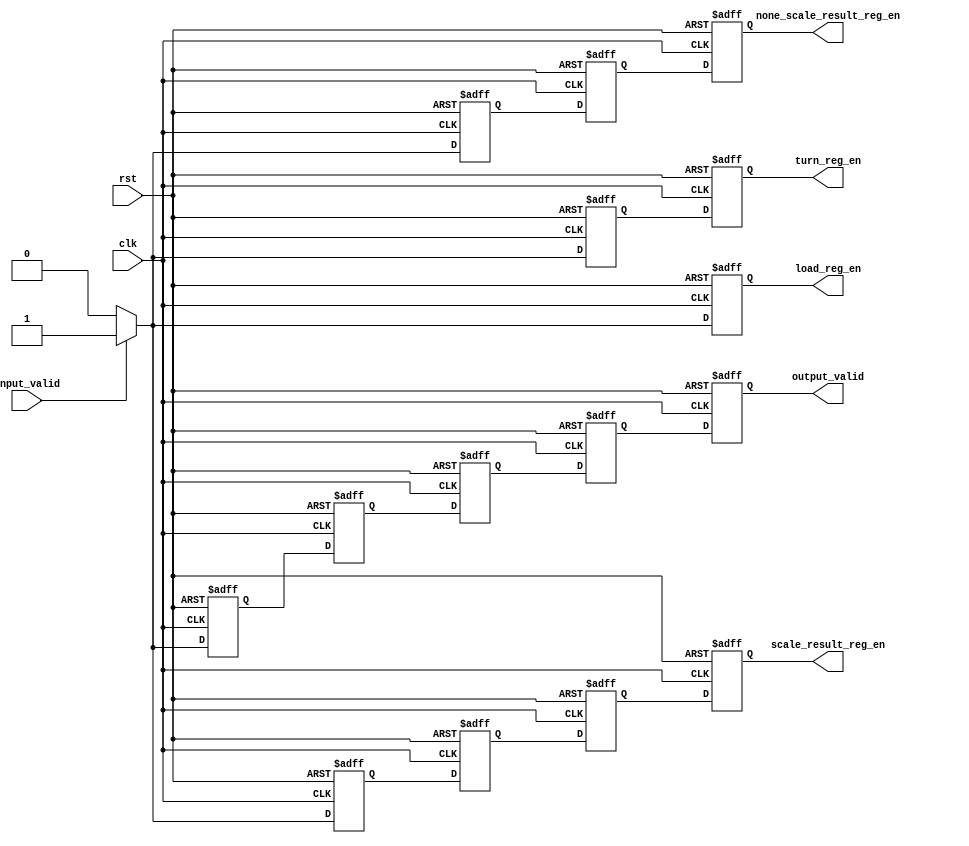
`timescale 1ns / 1ps
//////////////////////////////////////////////////////////////////////////////////
// Company: 
// Engineer: 
// 
// Design Name: 
// Module Name: rgb_to_gray_controller
// Project Name: 
// Target Devices: 
// Tool Versions: 
// Description: 
// 
// Dependencies: 
// 
// Revision:
// Revision 0.01 - File Created
// Additional Comments:
// 
//////////////////////////////////////////////////////////////////////////////////


module rgb_to_gray_controller(
        clk,
        rst,
        input_valid,
        output_valid,
        load_reg_en,
        turn_reg_en,
        none_scale_result_reg_en,
        scale_result_reg_en
    );
    input  wire clk, rst, input_valid;
    output reg output_valid, 
               load_reg_en,
               turn_reg_en,
               none_scale_result_reg_en,
               scale_result_reg_en;
    /*----------------------------------------*/
    /*---------------stage 1------------------*/
    /*----------------------------------------*/
    reg turn_reg_en_s1, none_scale_result_reg_en_s1, scale_result_reg_en_s1, output_valid_s1;
    always @ (posedge clk or posedge rst) begin
        if(rst) begin
            load_reg_en <= 1'b0;
            turn_reg_en_s1 <= 1'b0;
            none_scale_result_reg_en_s1 <= 1'b0;
            scale_result_reg_en_s1 <= 1'b0;
            output_valid_s1 <= 1'b0;
        end else if(input_valid) begin
            load_reg_en <= 1'b1;
            turn_reg_en_s1 <= 1'b1;
            none_scale_result_reg_en_s1 <= 1'b1;
            scale_result_reg_en_s1 <= 1'b1;
            output_valid_s1 <= 1'b1;
        end else begin
            load_reg_en <= 1'b0;
            turn_reg_en_s1 <= 1'b0;
            none_scale_result_reg_en_s1 <= 1'b0;
            scale_result_reg_en_s1 <= 1'b0;
            output_valid_s1 <= 1'b0;
            
        end
    end
    /*----------------------------------------*/
    /*---------------stage 2------------------*/
    /*----------------------------------------*/
    reg none_scale_result_reg_en_s2, scale_result_reg_en_s2, output_valid_s2;
    always @ (posedge clk or posedge rst) begin
        if(rst) begin
            turn_reg_en <= 1'b0;
            none_scale_result_reg_en_s2 <= 1'b0;
            scale_result_reg_en_s2 <= 1'b0;
            output_valid_s2 <= 1'b0;
        end else begin
            turn_reg_en <= turn_reg_en_s1;
            none_scale_result_reg_en_s2 <= none_scale_result_reg_en_s1;
            scale_result_reg_en_s2 <= scale_result_reg_en_s1;
            output_valid_s2 <= output_valid_s1;
        end
    end
    /*----------------------------------------*/
    /*---------------stage 3------------------*/
    /*----------------------------------------*/
    reg scale_result_reg_en_s3, output_valid_s3;
    always @ (posedge clk or posedge rst) begin
        if(rst) begin
            none_scale_result_reg_en <= 1'b0;
            scale_result_reg_en_s3 <= 1'b0;
            output_valid_s3 <= 1'b0;
        end else begin
            none_scale_result_reg_en <= none_scale_result_reg_en_s2;
            scale_result_reg_en_s3 <= scale_result_reg_en_s2;
            output_valid_s3 <= output_valid_s2;
        end
    end
    /*----------------------------------------*/
    /*---------------stage 4------------------*/
    /*----------------------------------------*/    
    reg output_valid_s4;
    always @ (posedge clk or posedge rst) begin
        if(rst) begin
            scale_result_reg_en <= 1'b0;
            output_valid_s4 <= 1'b0;
        end else begin
            scale_result_reg_en <= scale_result_reg_en_s3;
            output_valid_s4 <= output_valid_s3;
        end
    end
    /*----------------------------------------*/
    /*---------------stage 5------------------*/
    /*----------------------------------------*/
    always @ (posedge clk or posedge rst) 
        if(rst)
            output_valid <= 1'b0;
        else
            output_valid <= output_valid_s4;
endmodule